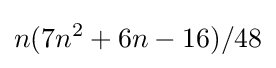
n(7n^{2}+6n-16)/48